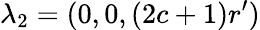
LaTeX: \lambda_{2}=(0,0,(2c+1)r^{\prime})